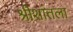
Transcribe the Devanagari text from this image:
श्रीशांतला